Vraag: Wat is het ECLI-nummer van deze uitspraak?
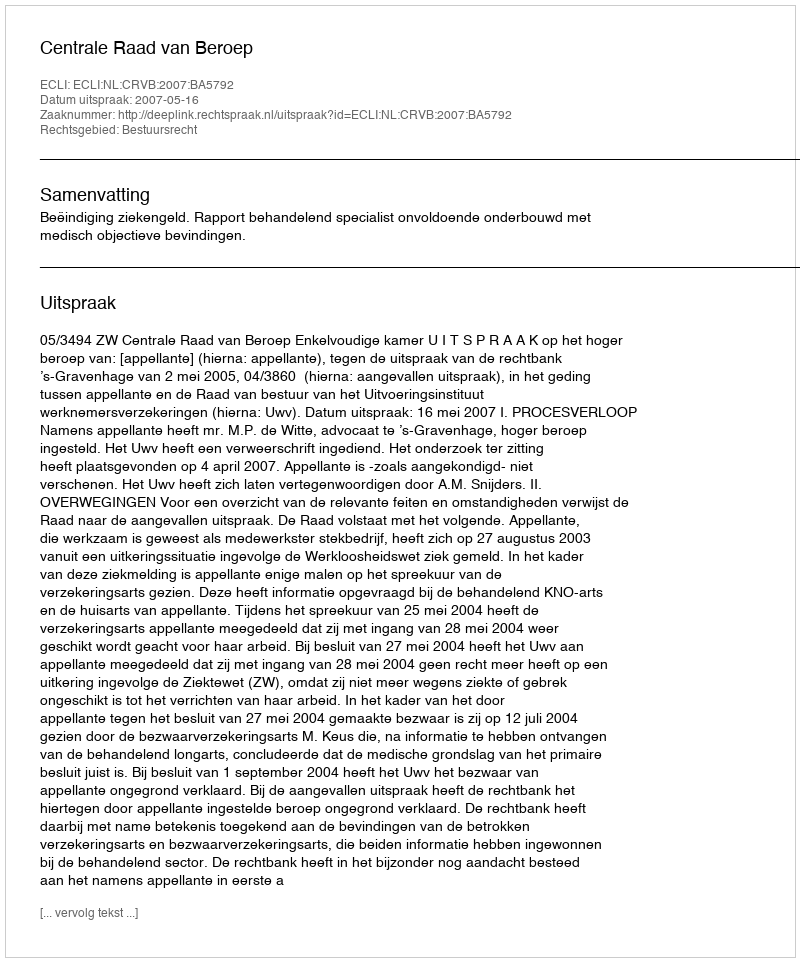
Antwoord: ECLI:NL:CRVB:2007:BA5792